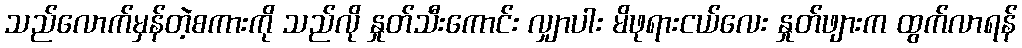
သည်လောက်မှန်တဲ့စကားကို သည်လို နှုတ်သီးကောင်း လျှာပါး မိဖုရားငယ်လေး နှုတ်ဖျားက ထွက်လာရန်